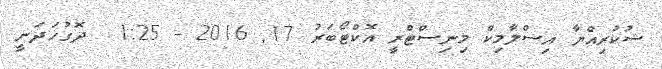
ޝުކުރިއްޔާ އިސްލާމިކް މިނިސްޓްރީ އޮކްޓޯބަރު 17